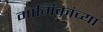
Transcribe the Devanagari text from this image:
मार्गिकांच्या